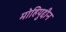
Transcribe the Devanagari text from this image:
मोहियुद्दीन